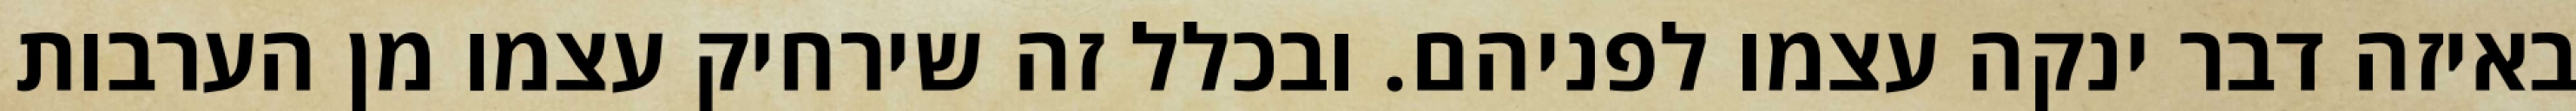
באיזה דבר ינקה עצמו לפניהם. ובכלל זה שירחיק עצמו מן הערבות